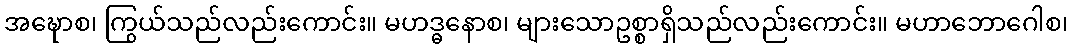
အဍ္ဎောစ၊ ကြွယ်သည်လည်းကောင်း။ မဟဒ္ဓနောစ၊ များသောဥစ္စာရှိသည်လည်းကောင်း။ မဟာဘောဂေါစ၊